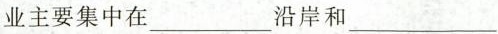
业主要集中在___沿岸和___